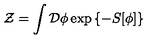
{ \cal Z } = \int { \cal D } \phi \exp \left\{ - S [ \phi ] \right\}